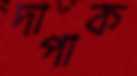
দাপাক